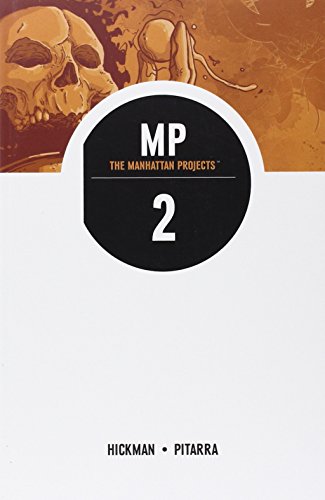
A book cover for The Manhattan Projects, Vol. 2; Jonathan Hickman; Comics & Graphic Novels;